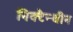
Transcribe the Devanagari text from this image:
निक्टैन्थीन